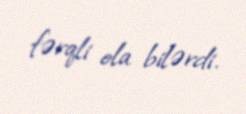
fərqli ola bilərdi.